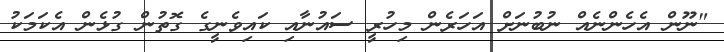
"ނޫން އެހެންނެއް ނުބުނަށް އަހަރެން މިހުރީ ސައުނާއި ކައިވެނީގެ ގޮތުން ގުޅެން އެކަމަކު